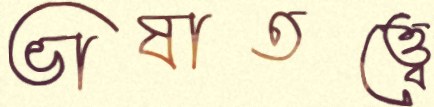
ভাষাতত্ত্বে